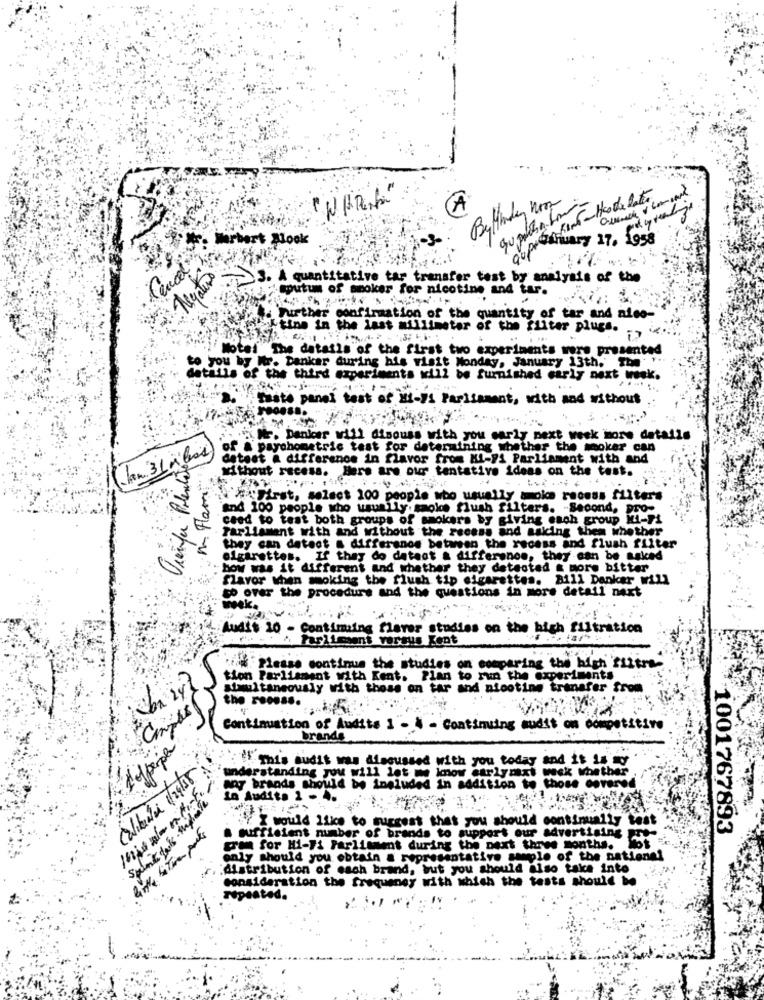
--
A
marbert Block
thuary 17. 1958
Cancel
3. A quantitative tar transfer test by analysis of the
sputum of smoker for nicotine and tar.
Further confirmation of the quantity of tar and also-
Utine in the last millimeter of the filter pluss. .. ...
Motel The datails of the first two experiments were presented
to you by Mr. Banker during his visit Monday, January 13th. The '
details of the third experiments will be furnished early next week.
Saate panel test of Hi-71 Parliament, with and without
Mr. Danker will discuss with you early next week more details
of a payohometric test for determining whether the smoker can
detest & difference in flavor from MI-F1 Parliament with and
Ouenfer Prende
" Flamme
without recess. Here are our tentative ideas on the test.
#First, select 100 people who usually mois recess filters
"and 100 people who usually. saokos flush filters. - Second, pro-
caed to test both groups of smokers by giving each group Ki-Fi
Parliament with and without the recess and asking them whether
they can detect & differanos between the recess and flush fliter
cigarettes. If they do datant & difference, they can be asked
bow was it different and whether they detected & more bitter
flavor when moking the flush tip cigarettes. Bill Danker will
to over the procedure and the questions in more detail next
Audit 20 - Continuing flever studies on the high filtration
Parliment versus Kent
Please continue the studies on comparing the high filtre.
tion Parliament with Kent. Plan to run the experiments
simultaneously with thess on tar and nicotine transfer from
the reosss.
Continuation of Audits 1 - À - Continuing audit on competitive
brands
IFThis audit was discussed with you today and it is io
understanding you will let me know earlynext week whether
Caliberti 1/24/15
any brands should be ineluded in addition to those covered
in Audits 1 - 4.
Saint Jak . my
Y I would like to suggest that you should continually test
1001767893
a sufficient number of brands to support our advertising pr
Fram for Hi-Fi Parliament during the next three months. Moot
only should you obtain a representative sample of the national
distribution of each brand, but you should also take into
consideration the frequency with which the tests should be
Tipeated.